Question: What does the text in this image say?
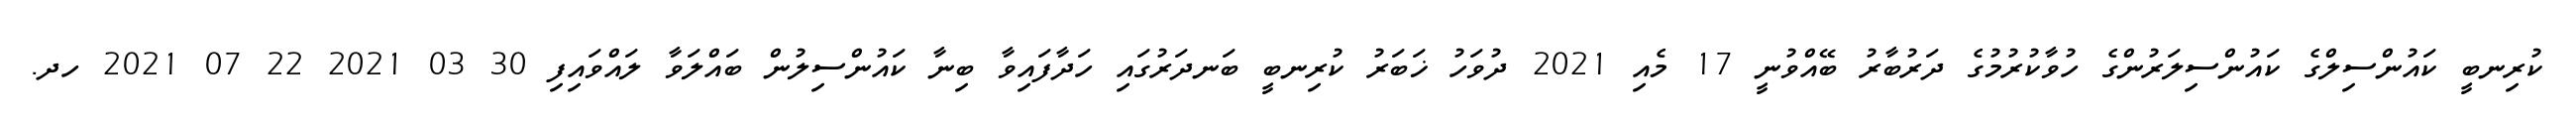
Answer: ކުރިނބީ ކައުންސިލްގެ ކައުންސިލަރުންގެ ހުވާކުރުމުގެ ދަރުބާރު ބޭއްވުނީ 17 މެއި 2021 ދުވަހު ޚަބަރު ކުރިނބީ ބަނދަރުގައި ހަދާފައިވާ ބިނާ ކައުންސިލުން ބައްލަވާ ލައްވައިފި 30 03 2021 22 07 2021 ހދ.